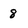
Character: 8